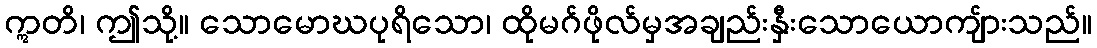
ဣတိ၊ ဤသို့။ သောမောဃပုရိသော၊ ထိုမဂ်ဖိုလ်မှအချည်းနှီးသောယောကျ်ားသည်။